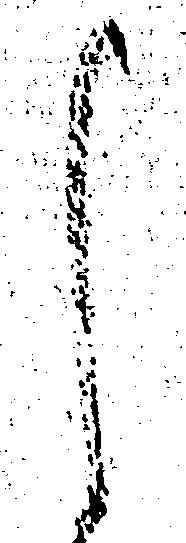
く